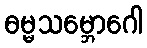
ဓမ္မသမ္ဘောဂေါ